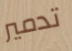
تدمير